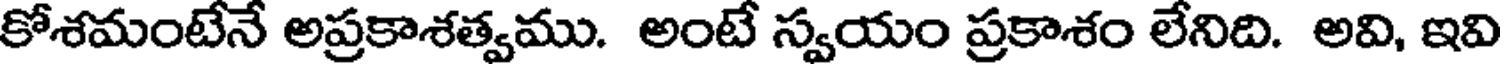
కోశమంటేనే అప్రకాశత్వము. అంటే స్వయం ప్రకాశం లేనిది. అవి, ఇవి